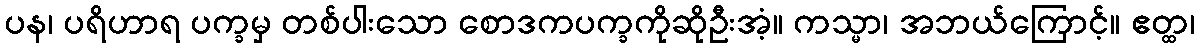
ပန၊ ပရိဟာရ ပက္ခမှ တစ်ပါးသော စောဒကပက္ခကိုဆိုဦးအံ့။ ကသ္မာ၊ အဘယ်ကြောင့်။ ဧတ္ထ၊